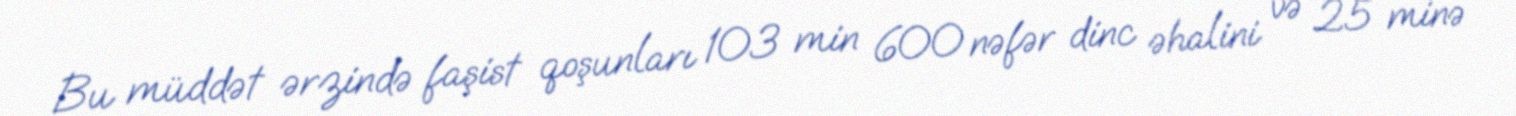
Bu müddət ərzində faşist qoşunları 103 min 600 nəfər dinc əhalini və 25 minə